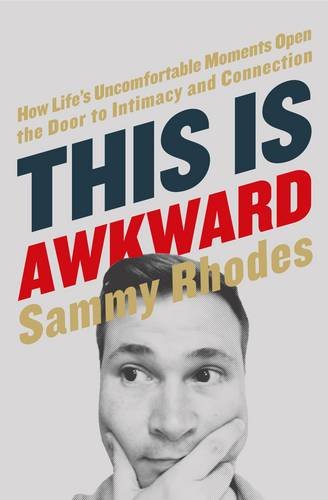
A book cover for This Is Awkward: How Life's Uncomfortable Moments Open the Door to Intimacy and Connection; Sammy Rhodes; Humor & Entertainment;